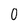
Character: 0